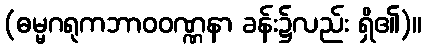
(ဓမ္မဂရုကဘာဝဝဏ္ဏနာ ခန်း၌လည်း ရှိ၏)။